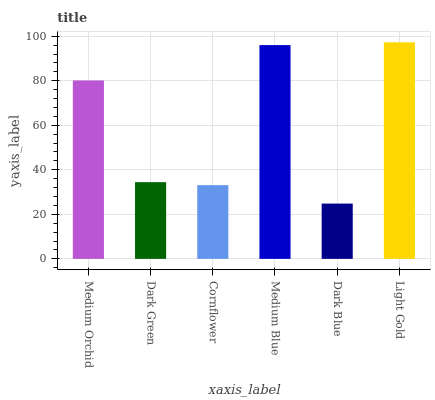
| xaxis_label | bars |
 | --- | --- |
 | Medium Orchid | 80.1 |
 | Dark Green | 34.4 |
 | Cornflower | 33.1 |
 | Medium Blue | 96 |
 | Dark Blue | 24.8 |
 | Light Gold | 97.2 |